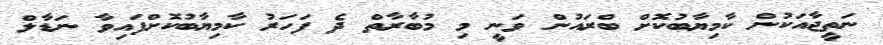
ނަތީޖާއަކުން ކާމިޔާބުކޮށް ބްރައުން ވަނީ މި މުބާރާތް ދެ ފަހަރު ކާމިޔާބުކޮށްފައިވާ ނަޑާލް